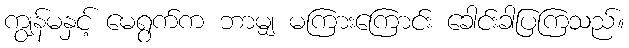
ကျွန်မနှင့် မေရွက်က ဘာမျှ မကြားကြောင်း ခေါင်းခါပြကြသည်။